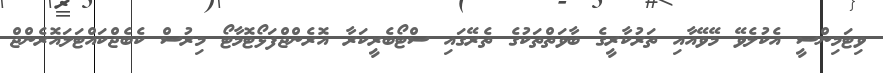
ވިޓަމިންސީ އެކުލެވޭ މޭވޭއާއި ތަރުކާރީގެ ބާވަތްތަކުގެ ތެރޭގައި ސްޓޯބެރީކަރާ އޮރެންޖްފަޅޯޓޮމާޓޯ މިރުސް ކެބެޖްކައްޓަލައޮރެންޖް